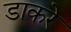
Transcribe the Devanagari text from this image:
डाकरे